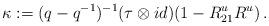
LaTeX: \begin{align*}\kappa:= (q-q^{-1})^{-1} (\tau \otimes id) (1 - R^u_{21}R^u)\,.\end{align*}